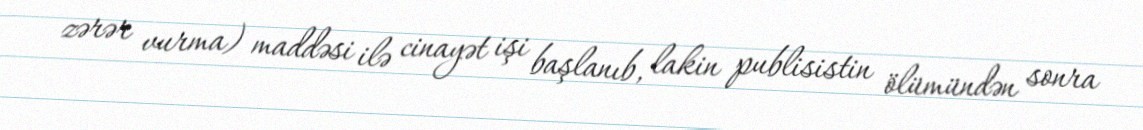
zərər vurma) maddəsi ilə cinayət işi başlanıb, lakin publisistin ölümündən sonra